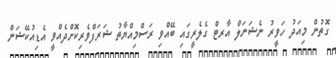
ގޮތުން މިއަދު ހަވީރު ނެޝަނަލް އާރޓް ގެލެރީގައި ބޭއްވި ރަސްމިއްޔާތު ޝަރަފްވެރިކޮށްދެއްވީ އެޑިއުކޭޝަން